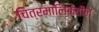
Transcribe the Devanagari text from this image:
चित्रमालिकेतील